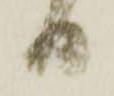
日